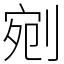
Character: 剜